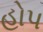
હોપ